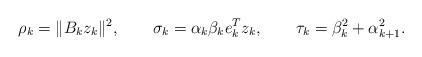
LaTeX: \begin{align*}\rho_{k}=\|B_{k}z_{k}\|^{2},\qquad\sigma_{k}=\alpha_{k}\beta_{k}e_{k}^{T}z_{k},\qquad\tau_{k}=\beta_{k}^{2}+\alpha_{k+1}^{2}.\end{align*}